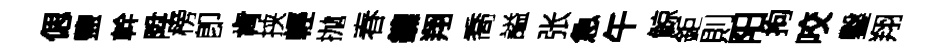
偲鹽幹陞榜卽肯挟輕抛春鑣翔喬謚张急午鯨鉅則阳拘咬鑿翔